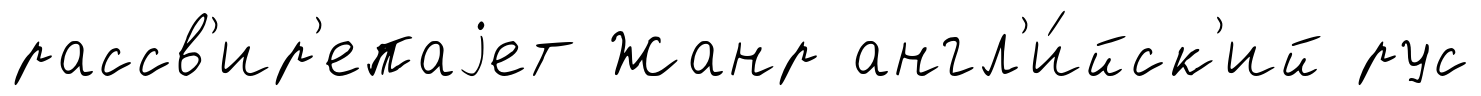
рассв'ир'епаjет Жанр англ'и́йск'ий рус